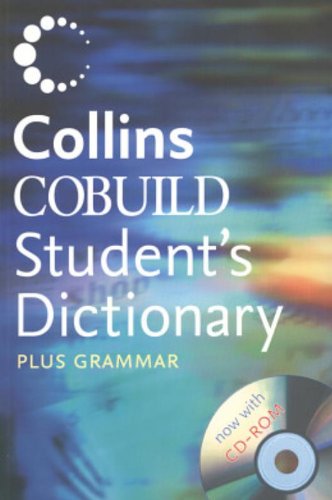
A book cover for Collins Cobuild Students Dictionary plus Grammar (Book & CD); Collins COBUILD; Reference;